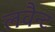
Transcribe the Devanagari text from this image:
लवैन्ट